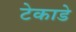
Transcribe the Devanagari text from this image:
टेकाडे